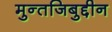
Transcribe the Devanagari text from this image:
मुन्तजिबुद्दीन